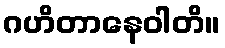
ဂဟိတာနေဝါတိ။